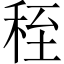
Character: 秷